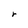
Character: r